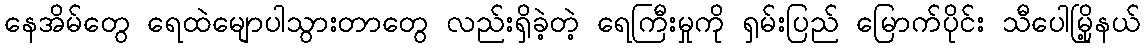
နေအိမ်တွေ ရေထဲမျောပါသွားတာတွေ လည်းရှိခဲ့တဲ့ ရေကြီးမှုကို ရှမ်းပြည် မြောက်ပိုင်း သီပေါမြို့နယ်